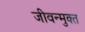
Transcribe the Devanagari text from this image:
जीवन्‍मुक्‍त